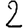
Digit: 2